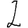
Digit: 2